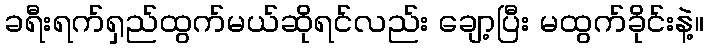
ခရီးရက်ရှည်ထွက်မယ်ဆိုရင်လည်း ချော့ပြီး မထွက်ခိုင်းနဲ့။